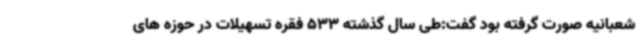
شعبانیه صورت گرفته بود گفت:طی سال گذشته 533 فقره تسهیلات در حوزه های